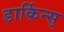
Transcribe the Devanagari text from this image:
डार्किन्स्